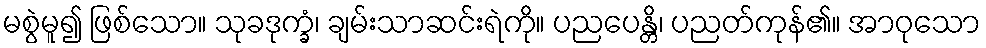
မစွဲမူ၍ ဖြစ်သော။ သုခဒုက္ခံ၊ ချမ်းသာဆင်းရဲကို။ ပညပေန္တိ၊ ပညတ်ကုန်၏။ အာဝုသော